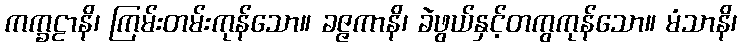
ကက္ခဠာနိ၊ ကြမ်းတမ်းကုန်သော။ ခဇ္ဇကာနိ၊ ခဲဖွယ်နှင့်တကွကုန်သော။ မံသာနိ၊